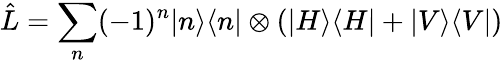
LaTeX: \hat{L}=\sum_{n}(-1)^{n}|n\rangle\langle n|\otimes(|H\rangle\langle H|+|V\rangle\langle V|)